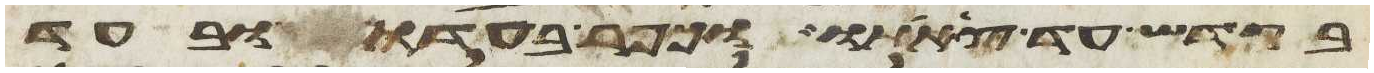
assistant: בקדש עד צאתו וכפר בעדו ובעד